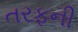
તરફની